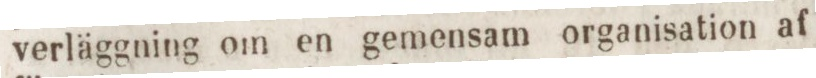
verläggning om en gemensam organisation af